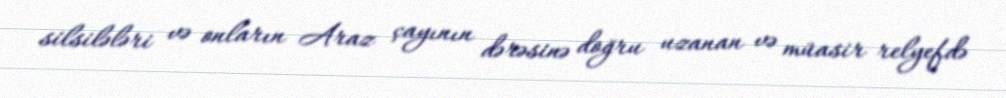
silsilələri və onların Araz çayının dərəsinə doğru uzanan və müasir relyefdə